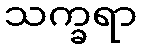
သက္ခရာ